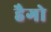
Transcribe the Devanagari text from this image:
हैगो